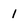
Character: 1